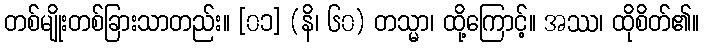
တစ်မျိုးတစ်ခြားသာတည်း။ [၀၁] (နိ၊ ၆၀) တသ္မာ၊ ထို့ကြောင့်။ အဿ၊ ထိုစိတ်၏။